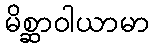
မိစ္ဆာဝါယာမာ